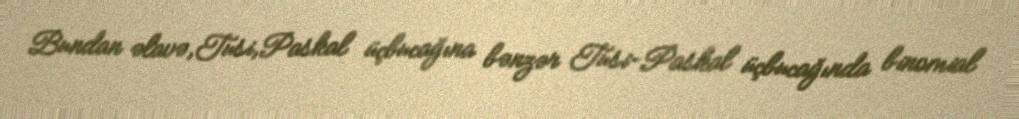
Bundan əlavə,Tusi,Paskal üçbucağına bənzər Tusi-Paskal üçbucağında binomial